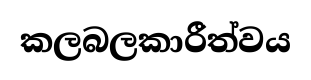
කලබලකාරීත්වය